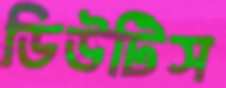
ডিউটিস